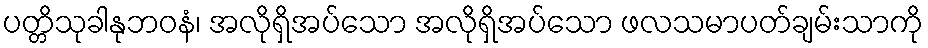
ပတ္တိသုခါနုဘဝနံ၊ အလိုရှိအပ်သော အလိုရှိအပ်သော ဖလသမာပတ်ချမ်းသာကို